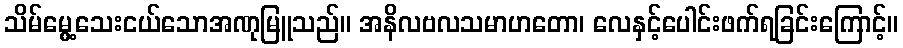
သိမ်မွေ့သေးငယ်သောအဏုမြူသည်။ အနိလဗလသမာဟတော၊ လေနှင့်ပေါင်းဖက်ရခြင်းကြောင့်။